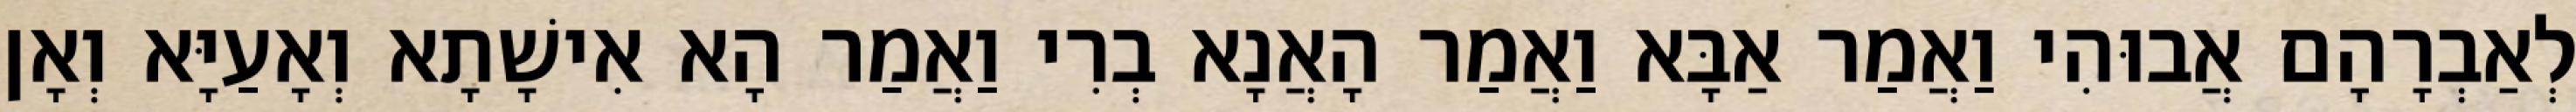
לְאַבְרָהָם אֲבוּהִי וַאֲמַר אַבָּא וַאֲמַר הָאֲנָא בְרִי וַאֲמַר הָא אִישָׁתָא וְאָעַיָּא וְאָן